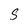
Character: S